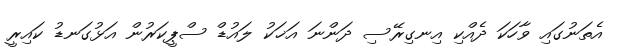
އެތަނުގައި ވާހަކަ ދެއްކި އިނގިރޭސި ދަންނަ އަޚަކު ލައުޑް ސްޕީކަރުން އަޅުގަނޑު ކައިރީ